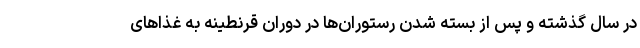
در سال گذشته و پس از بسته شدن رستوران‌ها در دوران قرنطینه به غذاهای